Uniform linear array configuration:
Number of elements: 8
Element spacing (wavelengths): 0.5
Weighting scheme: binomial
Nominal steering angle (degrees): -15
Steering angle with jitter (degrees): -14.205
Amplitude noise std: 0.05
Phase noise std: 0.05

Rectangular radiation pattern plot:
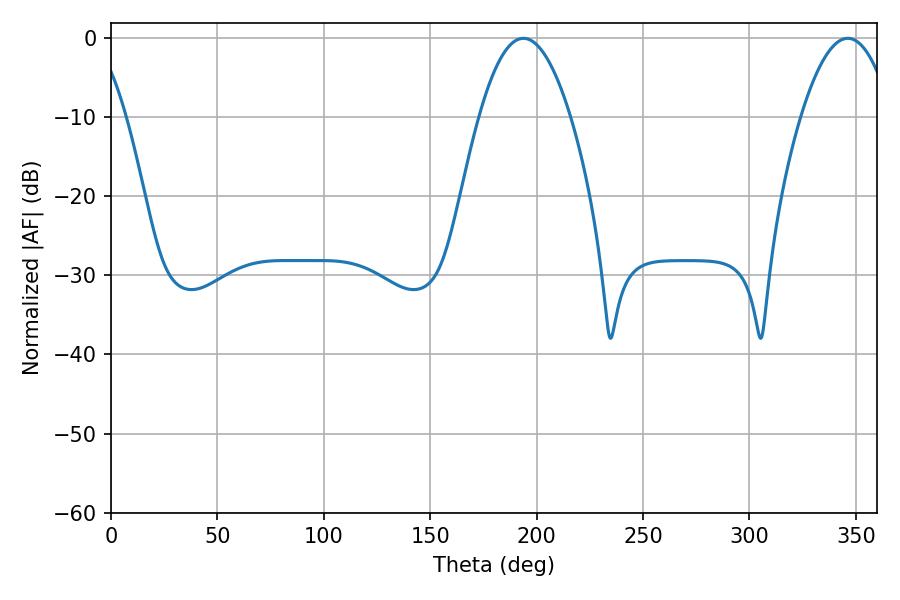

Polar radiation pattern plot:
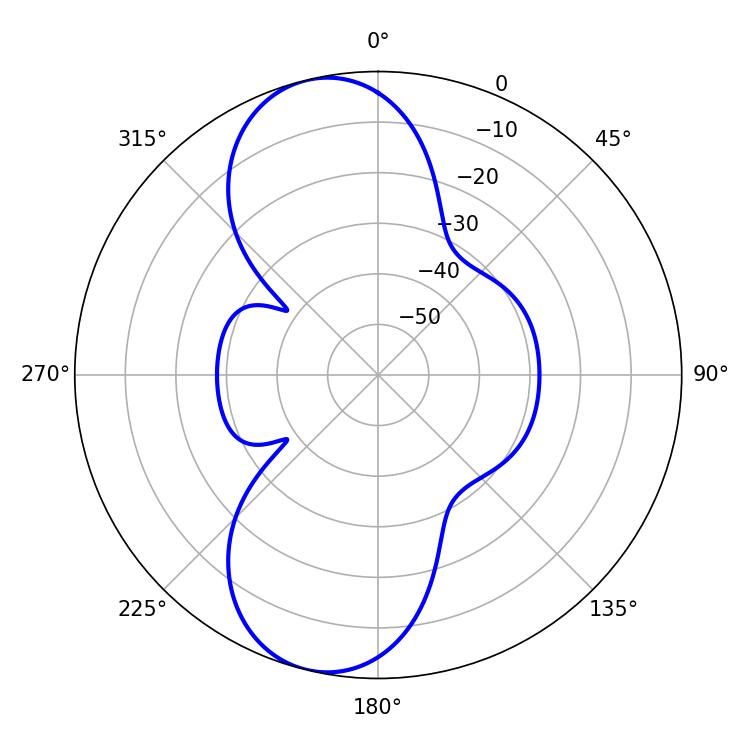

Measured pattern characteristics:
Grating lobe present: FALSE
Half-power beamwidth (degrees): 23.58
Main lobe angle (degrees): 193.86